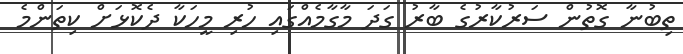
ތިބުނާ ގޮތުން ސަރުކާރުގެ ބާރު ގަދަ މާގާމެއްގައި ހުރި މީހަކާ ދެކޮޅަށް ކިތަންމެ